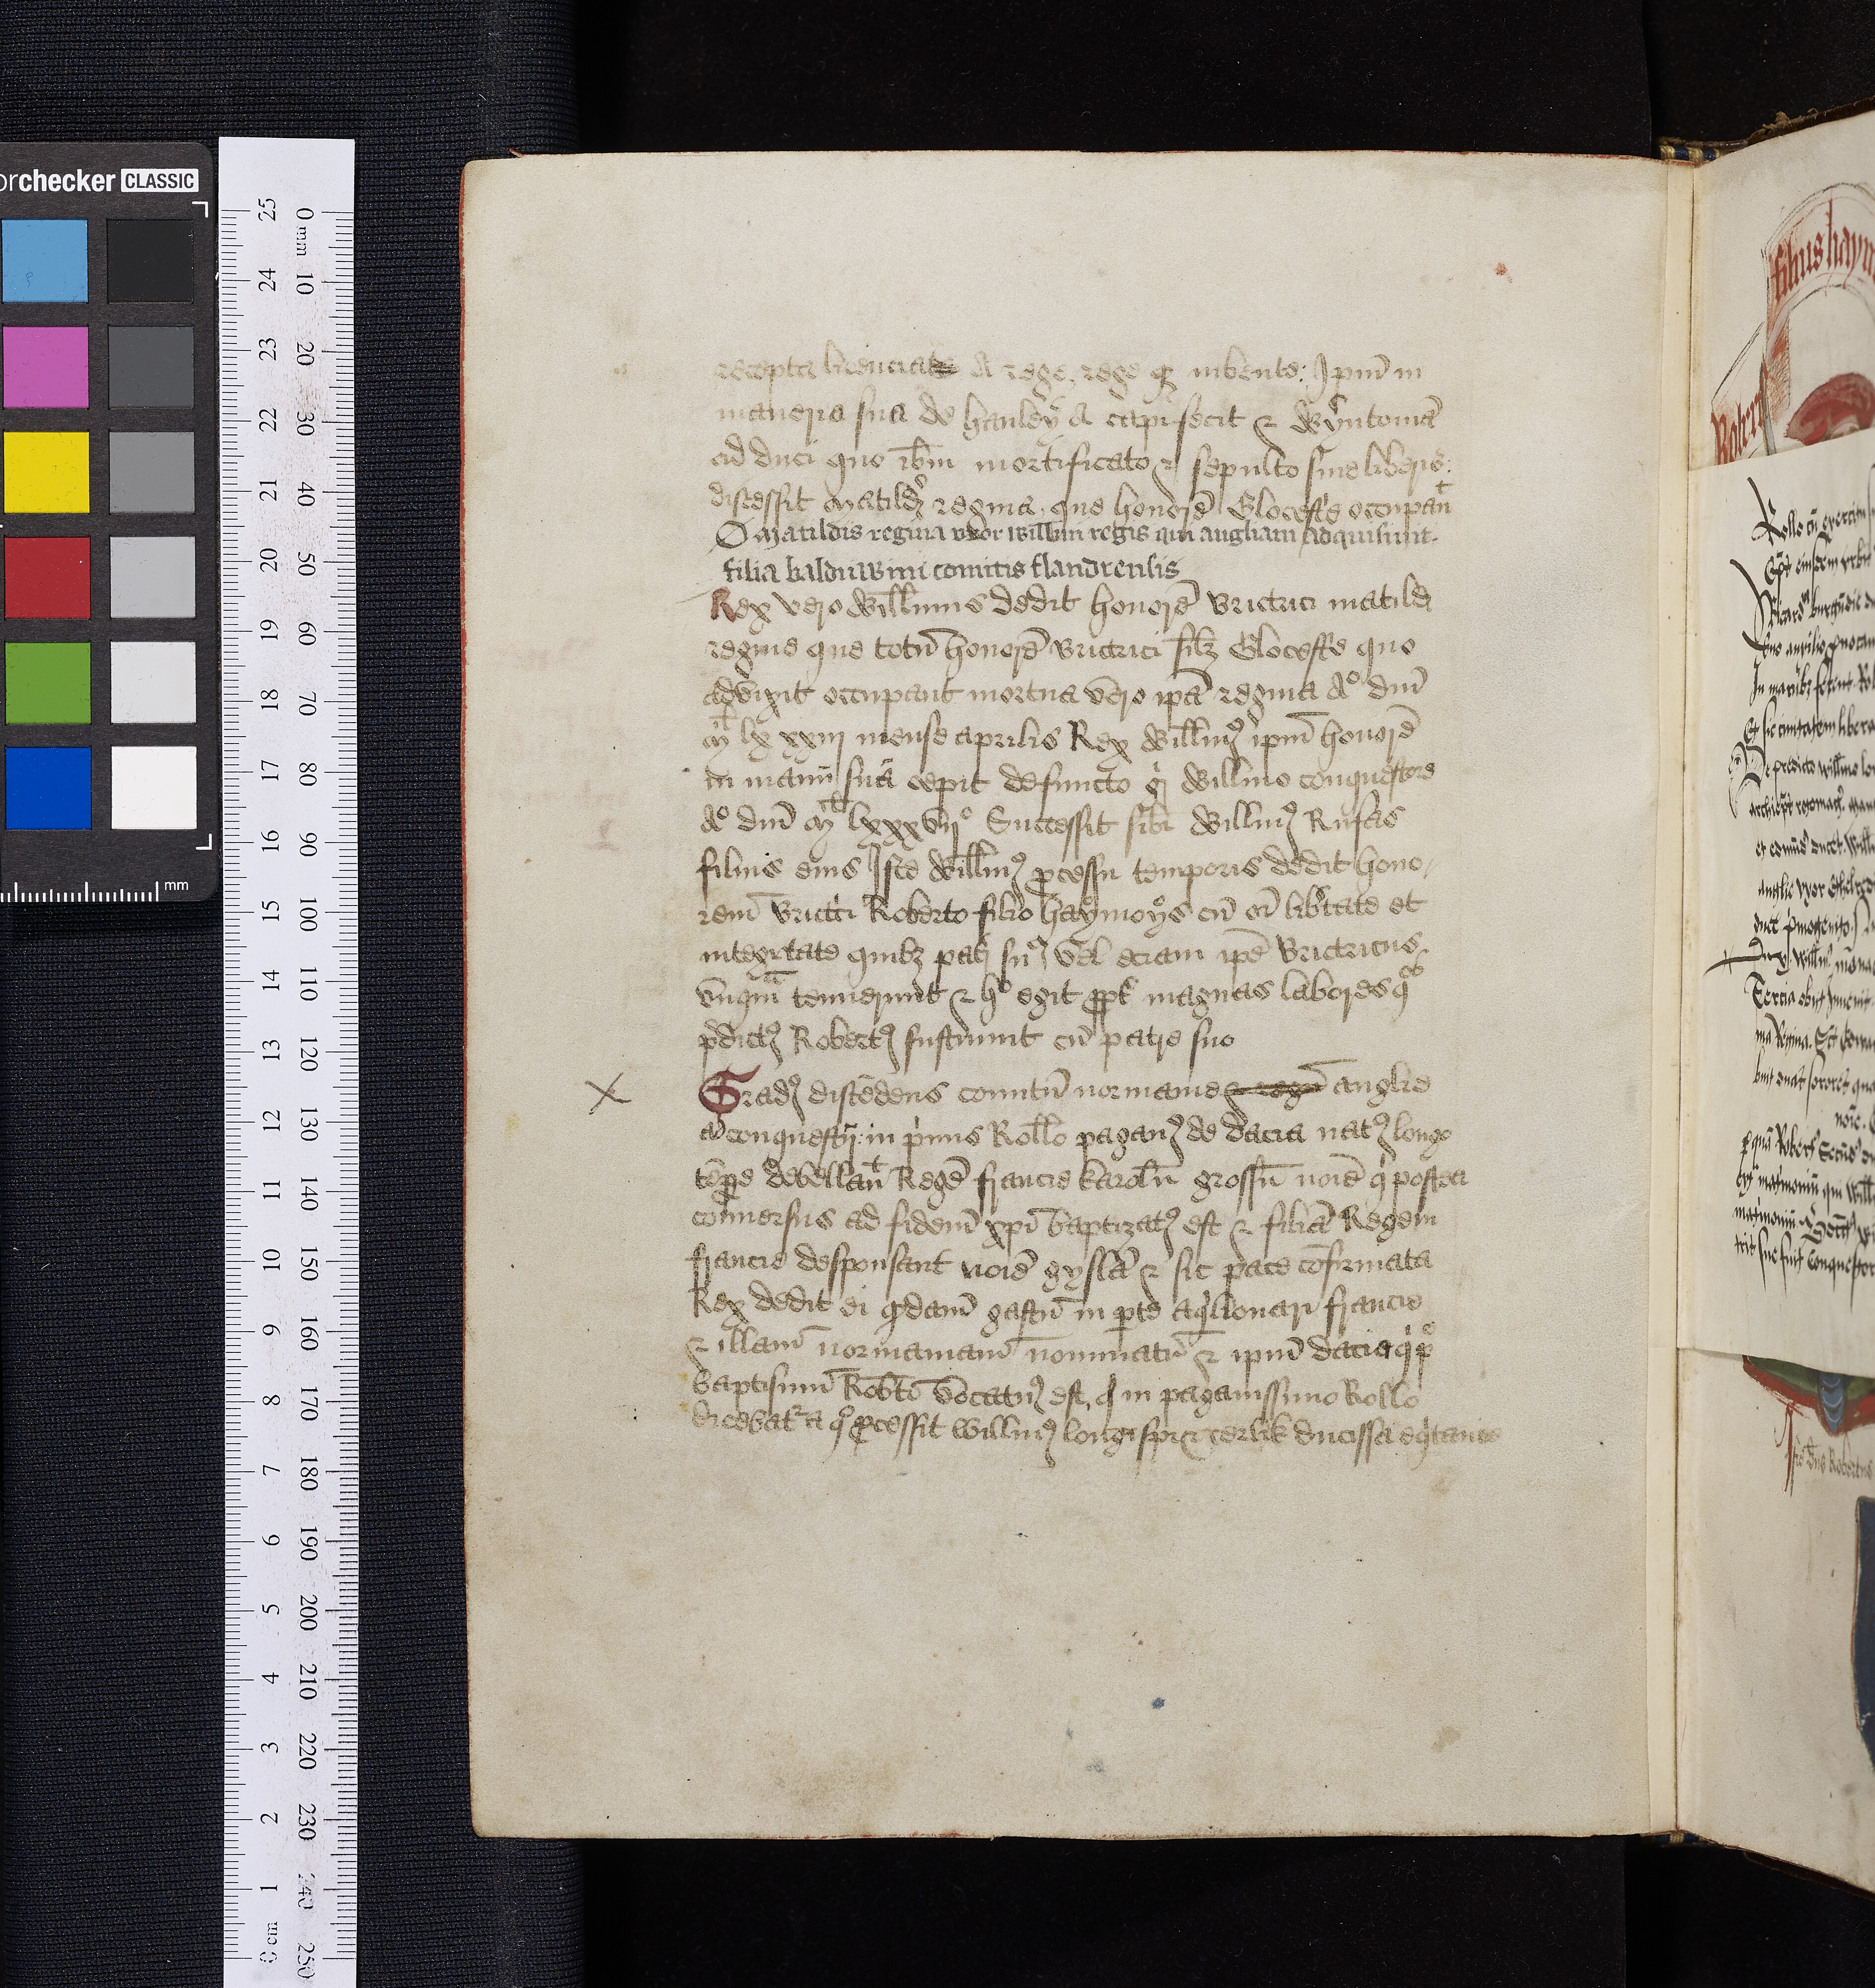
Shelfmark: Oxford, Bodleian Library, ms. Top. Glouc. d. 2
Century: 16